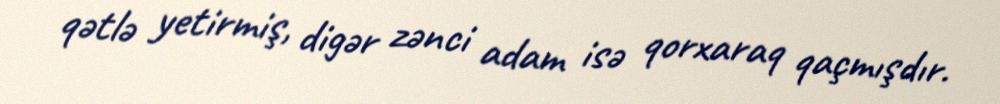
qətlə yetirmiş, digər zənci adam isə qorxaraq qaçmışdır.